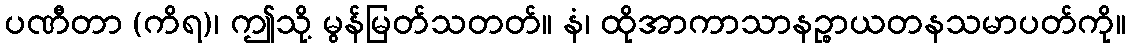
ပဏီတာ (ကိရ)၊ ဤသို့ မွန်မြတ်သတတ်။ နံ၊ ထိုအာကာသာနဉ္စာယတနသမာပတ်ကို။